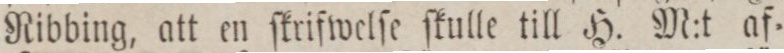
Ribbing, att en ſkrifwelſe ſkulle till H. M:t af=